Report of the Imperial Institute of Veterinary Research, Muktesar
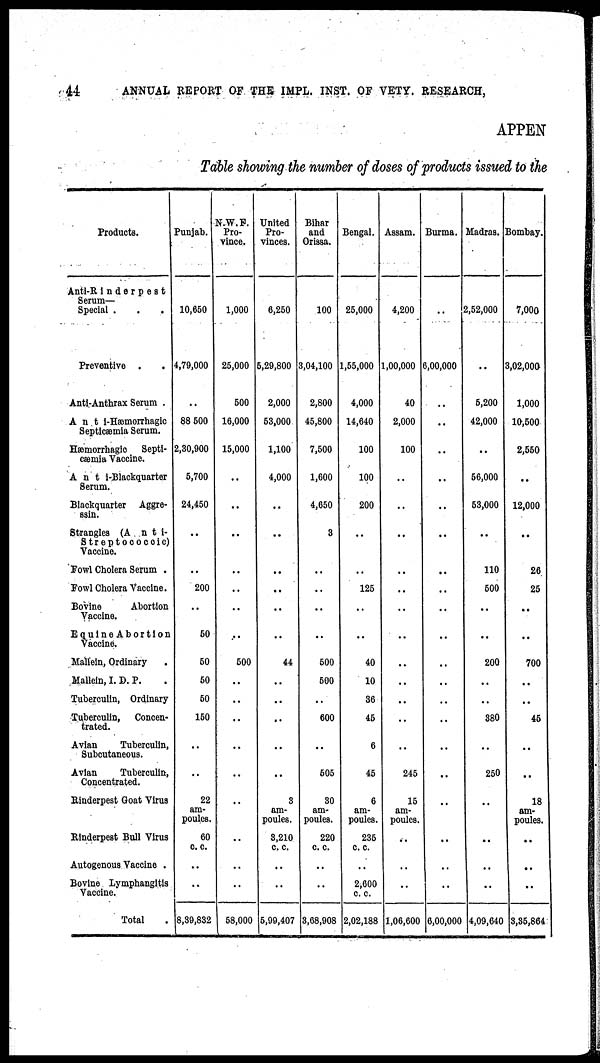
44
ANNUAL REPORT OF THE IMPL. INST. OF VETY. RESEARCH,
APPEN
Table showing the number of doses of products issued to the
Products.
Anti-Rinderpest
Serum—
Special .
.
.
Preventive .
Anti-Anthrax Serum .
Anti-Hæmorrhagic
Septicæmia Serum.
Hæmorrhagic
Septi-
cæmia Vaccine.
Anti-Blackquarter
Serum.
Blackquarter Aggre¬
ssin.
Strangles (Anti¬
Streptococcic)
Vaccine.
Fowl Cholera Serum .
Fowl Cholera Vaccine.
Bovine
Abortion
Vaccine.
Equine Abortion
Vaccine.
Mallein, Ordinary
Mallein, I. D. P.
Tuberculin, Ordinary
Tuberculin,
Concen-
trated.
Avian
Tuberculin,
Subcutaneous.
Avian
Tuberculin,
Concentrated.
Rinderpest Goat Virus
Rinderpest Bull Virus
Autogenous Vaccine .
Bovine Lymphangitis
Vaccine.
Total
Punjab.
10,650
4,79,000
..
88,500
2,30,900
5,700
24,450
..
..
200
..
50
50
50
50
150
..
22
am-
poules.
60
c. c.
..
..
8,39,832
N.W.F.
Pro-
vince.
1,000
25,000
500
16,000
15,000
..
..
..
..
..
..
..
500
..
..
..
..
..
..
58,000
United
Pro-
vinces.
6,250
5,29,800
2,000
53,000
1,100
4,000
..
..
..
..
..
..
44
..
..
..
..
..
3
am-
poules.
3,210
c. c.
..
..
5,99,407
Bihar
and
Orissa.
100
3,04,100
2,800
45,800
7,500
1,600
4,650
3
..
..
..
..
500
500
..
600
..
505
30
am-
poules.
220
c. c.
..
..
3,68,908
Bengal.
25,000
1,55,000
4,000
14,640
100
100
200
..
..
125
..
..
40
10
36
45
6
45
6
am-
poules.
235
c. c.
..
2,600
c. c.
2,02,188
Assam.
4,200
1,00,000
40
2,000
100
..
..
..
..
..
..
..
..
..
245
15
am-
poules.
..
..
..
1,06,600
Burma.
..
6,00,000
..
..
..
..
..
..
..
..
..
..
..
..
..
..
..
..
..
..
..
..
6,00,000
Madras.
2,52,000
..
5,200
42,000
..
56,000
53,000
..
110
500
..
..
200
..
380
..
250
..
..
..
..
4,09,640
Bombay.
7,000
3,02,000
1,000
10,500
2,550
..
12,000
..
26
25
..
..
700
..
..
45
..
..
18
am-
poules.
..
..
..
3,35,864